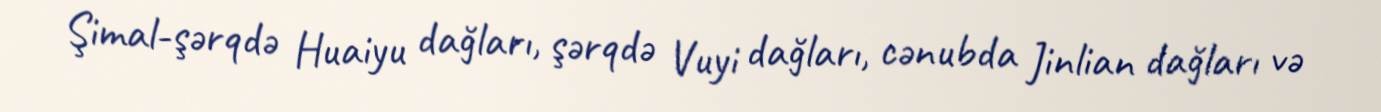
Şimal-şərqdə Huaiyu dağları, şərqdə Vuyi dağları, cənubda Jinlian dağları və